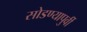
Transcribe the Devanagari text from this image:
सोडण्यापुर्वी